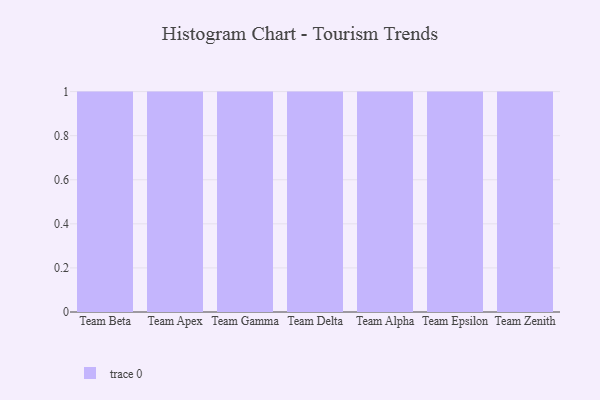
{"axis": {"x": "Team", "y": "Website Visitors"}, "legend": [""], "data": [{"x": "Team Beta", "y": 61, "type": ""}, {"x": "Team Apex", "y": 8, "type": ""}, {"x": "Team Gamma", "y": 68, "type": ""}, {"x": "Team Delta", "y": 30, "type": ""}, {"x": "Team Alpha", "y": 48, "type": ""}, {"x": "Team Epsilon", "y": 4, "type": ""}, {"x": "Team Zenith", "y": 97, "type": ""}]}